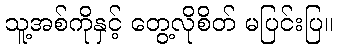
သူ့အစ်ကိုနှင့် တွေ့လိုစိတ် မပြင်းပြ။